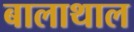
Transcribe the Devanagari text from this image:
बालाथाल